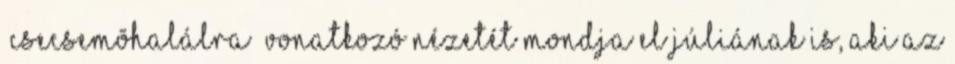
“csecsemõhalálra” vonatkozó nézetét mondja el Júliának is, aki az